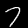
Digit: 7